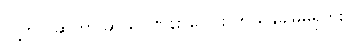
လူ့ဘဝ ဆိုတာ ဆယ်ဂဏန်း ပေါင်း ဘယ်နှခါမှမရှိဘူး။